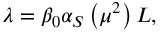
\lambda = \beta _ { 0 } \alpha _ { S } \left( \mu ^ { 2 } \right) L ,